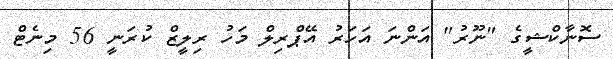
ސޮނާކްޝީގެ "ނޫރު" އަންނަ އަހަރު އޭޕްރިލް މަހު ރިލީޒް ކުރަނީ 56 މިނެޓް